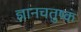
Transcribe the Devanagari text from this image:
ज्ञानचतुष्कं